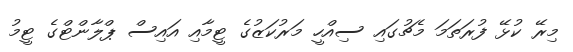
މިރޭ ކުޅޭ ފުރަތަމަ މެޗުގައި ސިއްހީ މަރުކަޒުގެ ޓީމާއި އައިސް ޕްލާންޓްގެ ޓީމު